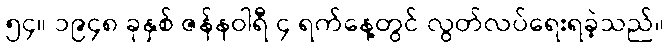
၅၄။ ၁၉၄၈ ခုနှစ် ဇန်နဝါရီ ၄ ရက်နေ့တွင် လွတ်လပ်ရေးရခဲ့သည်။